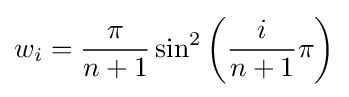
w_{i}={\frac {\pi }{n+1}}\sin ^{2}\left({\frac {i}{n+1}}\pi \right)